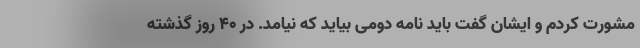
مشورت کردم و ایشان گفت باید نامه دومی بیاید که نیامد. در ۴۰ روز گذشته